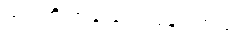
အဲဒါကို အခု ပြောပြချင်တယ်။